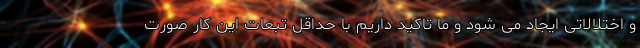
و اختلالاتی ایجاد می شود و ما تاکید داریم با حداقل تبعات این کار صورت